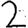
Digit: 2